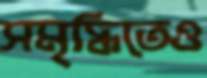
সমৃদ্ধিতেও